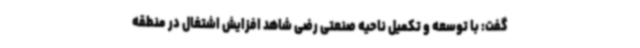
گفت: با توسعه و تکمیل ناحیه صنعتی رضی شاهد افزایش اشتغال در منطقه